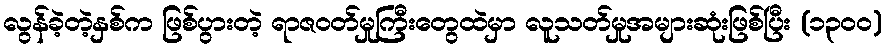
လွန်ခဲ့တဲ့နှစ်က ဖြစ်ပွားတဲ့ ရာဇဝတ်မှုကြီးတွေထဲမှာ လူသတ်မှုအများဆုံးဖြစ်ပြီး (၁၃၀၀)